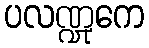
ပလဏ္ဍုကေ